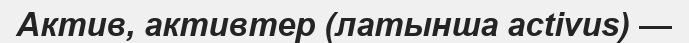
Актив, активтер (латынша actіvus) —